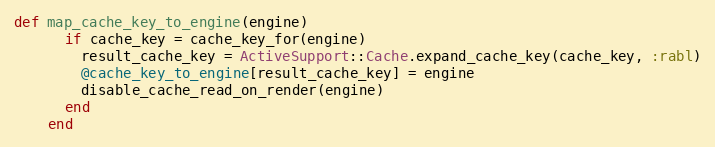
Language: Ruby
def map_cache_key_to_engine(engine)
      if cache_key = cache_key_for(engine)
        result_cache_key = ActiveSupport::Cache.expand_cache_key(cache_key, :rabl)
        @cache_key_to_engine[result_cache_key] = engine
        disable_cache_read_on_render(engine)
      end
    end